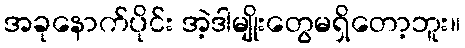
အခုနောက်ပိုင်း အဲ့ဒါမျိုးတွေမရှိတော့ဘူး။